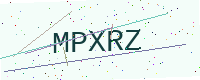
Text: MPXRZ